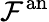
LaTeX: {\mathcal{F}}^{\mathrm{an}}